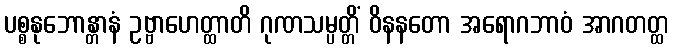
ပစ္စနုဘောန္တာနံ ဥဗ္ဗာဟေတ္ထာတိ ဂုဏသမ္ပတ္တိံ ဝိနနတော အရောဂဘာဝံ အာဂတတ္ထ